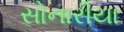
સોનારીયા